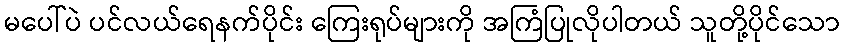
မပေါ်ပဲ ပင်လယ်ရေနက်ပိုင်း ကြေးရုပ်များကို အကြံပြုလိုပါတယ် သူတို့ပိုင်သော